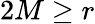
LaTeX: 2M\geq r